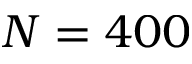
N = 4 0 0